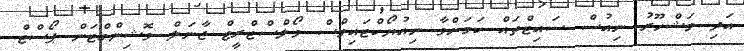
އަދި މަޝްހޫރު ނިއުސް ސައިޓްތައް ކަމަށްވާ ނިއުޔޯކްޓައިމްސް ވޯލްސްޓްރީޓް ޖާނަލް ވޮޝިންގްޓަން ޕޯސްޓް